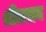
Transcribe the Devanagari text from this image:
श्रीधराय